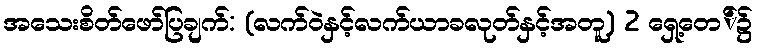
အသေးစိတ်ဖော်ပြချက်: (လက်ဝဲနှင့်လက်ယာခလုတ်နှင့်အတူ) 2 ရှေ့တေ်၌